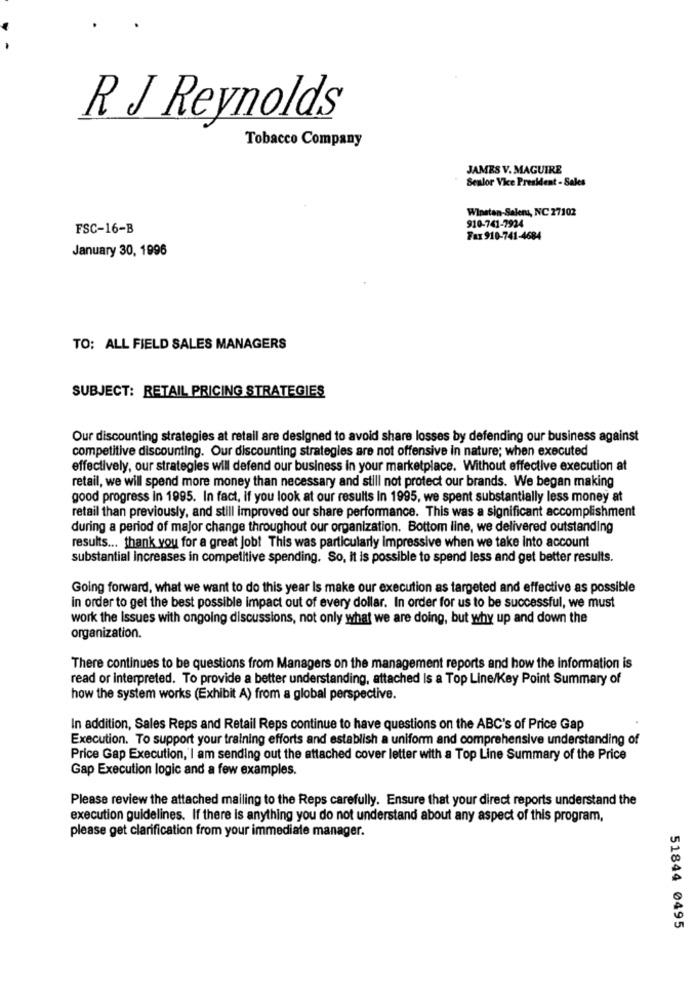
R J Reynolds
Tobacco Company
JAMES V. MAGUIRE
Senior Vice President - Sales
Winston-Salem, NC 27102
910-741-7924
FSC-16-B
Fax 910-741-4684
January 30, 1996
TO: ALL FIELD SALES MANAGERS
SUBJECT: RETAIL PRICING STRATEGIES
Our discounting strategies at retail are designed to avoid share losses by defending our business against
competitive discounting. Our discounting strategies are not offensive in nature; when executed
effectively, our strategies will defend our business in your marketplace. Without effective execution at
retail, we will spend more money than necessary and still not protect our brands. We began making
good progress in 1995. In fact, if you look at our results In 1995, we spent substantially less money at
retail than previously, and still improved our share performance. This was a significant accomplishment
during a period of major change throughout our organization. Bottom line, we delivered outstanding
results ... thank you for a great Job! This was particularly impressive when we take into account
substantial increases in competitive spending. So, it is possible to spend less and get better results.
Going forward, what we want to do this year Is make our execution as targeted and effective as possible
in order to get the best possible impact out of every dollar. In order for us to be successful, we must
work the Issues with ongoing discussions, not only what we are doing, but why up and down the
organization.
There continues to be questions from Managers on the management reports and how the information is
read or interpreted. To provide a better understanding, attached Is a Top Line/Key Point Summary of
how the system works (Exhibit A) from a global perspective.
In addition, Sales Reps and Retail Reps continue to have questions on the ABC's of Price Gap
Execution. To support your training efforts and establish a uniform and comprehensive understanding of
Price Gap Execution, I am sending out the attached cover letter with a Top Line Summary of the Price
Gap Execution logic and a few examples.
Please review the attached mailing to the Reps carefully. Ensure that your direct reports understand the
execution guidelines. If there is anything you do not understand about any aspect of this program,
please get clarification from your immediate manager.
51844 0495